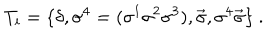
LaTeX: T _ { i } = \{ \delta , \sigma ^ { 4 } = ( \sigma ^ { 1 } \sigma ^ { 2 } \sigma ^ { 3 } ) , { \vec { \sigma } } , \sigma ^ { 4 } { \vec { \sigma } } \} \ .